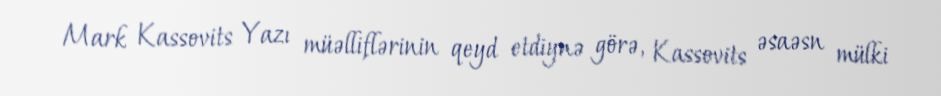
Mark Kassovits Yazı müəlliflərinin qeyd etdiynə görə, Kassovits əsaəsn mülki